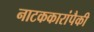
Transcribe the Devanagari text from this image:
नाटककारांपैकी